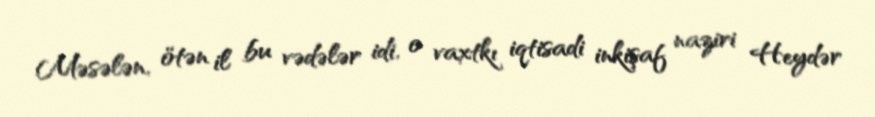
Məsələn, ötən il bu vədələr idi, o vaxtkı iqtisadi inkişaf naziri Heydər